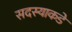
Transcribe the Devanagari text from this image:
सदस्याकडे